Medical and sanitary report of the native army of Bengal for the year
Year: 1875
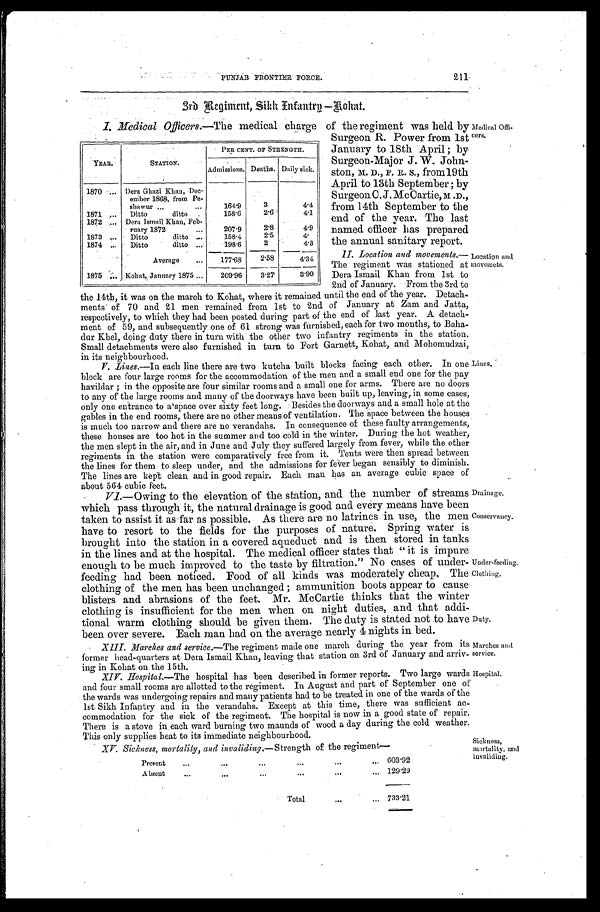
PUNJAB FRONTIER FORCE.
211.
3rd Regiment, Sikh Infantry—Rohat.
I. Medical Officers. —The medical charge of the regiment was held by
Surgeon R. Power from 1st
January to 18th April; by
Surgeon-Major J. W. John-
ston, M. D.,
F. R. S., from 19th April to 13th September; by
Surgeon C. J. McCartie,
M. D., from 14th September to the
end of the year. The last
named officer has prepared
the annual sanitary report.
II. Location and movements.
— T h e r e g i m e n t w a s s t a t i o n e d a t
Dera Ismail Khan from 1st to
2nd of January. From the 8rd to
the 14th, it was on the march to Kohat, where it remained until the end of the year. Detach
-ments of 70 and 21 men remained from 1st to 2nd of January at Zam and Jatta,
respectively, to which they had been posted during part of the end of last year. A detach
-ment of 59, and subsequently one of 61 strong was furnished, each for two months, to
Baha-dur Khel, doing duty there in turn with the other two infantry regiments in the station.
Small detachments were also furnished in turn to Fort Garnett, Kohat, and Mohomudzai,
in its neighbourhood.
V. Lines.—In each line there are two kutcha built blocks facing each other. In one
block are four large rooms for the accommodation of the men and a small end one for the pay
havildar; in the opposite are four similar rooms and a small one for arms. There are
n o d o o r s t o a n y o f t h e l a r g e r o o m s a n d m a n y o f t h e d o o r w a y s h a v e b e e n b u i l t u p , l e a v i n g , i n s o m e c a s e s ,
only one entrance to a space over sixty feet long. Besides the doorways and a small hole at the
gables in the end rooms, there are no other means of ventilation. The space between the house
is much too narrow and there are no verandahs. In consequence of these faulty arrangements,
these houses are too hot in the summer and too cold in the winter. During the hot weather,
the men slept in the air, and in June and July they suffered largely from fever, while the other
regiments in the station were comparatively free from it. Tents were then spread between
the lines for them to sleep under, and the admissions for fever began sensibly to diminish.
The lines are kept clean and in good repair. Each man has an average cubic space of
about 564 cubic feet.
Y E A R .
S T A T I O N .
PER CENT. OF STRENGTH.
A d m i s s i o n s .
D e a t h s .
D a i l y s i c k .
1 8 7 0
De r a Gh a z i Kh a n , De c - c e mb e r 1 8 6 8 , f r o m P e - s h a wu r
1 6 4 · 9
3
4 · 4
1 8 7 1
Ditto ditto
1 5 8 · 6
2 · 6
4 · 1
1 8 7 2
De r a I s ma i l Kha n, Fe b- r ua r y 1872
2 0 7 · 9
2 · 8
4 · 9
1 8 7 3
Ditto ditto
1 5 8 · 4
2 · 5
4 ·
1 8 7 4
Ditto ditto
1 9 8 · 6
2
4 · 3
A v e r a g e
1 7 7 · 6 8
2 · 5 8
4 · 3 4
1 8 7 5
Kohat, January 1875
2 0 9 · 9 6
3 · 2 7
3 · 9 0
M e d i c a l O f f i - c e r s .
L L o c a t i o n a a n d m o v e m e n t s .
L i n e s .
D r a i n a g e .
C o n s e r v a n c y .
U n d e r - f e e d i n g .
C l o t h i n g .
D u t y .
VI.—Owing to the elevation of the station, and the number of streams
which pass through it, the natural drainage is good and every means have been
taken to assist it as far as possible. As there are no latrines in use, the men
have to resort to the fields for the purposes of nature. Spring water is
brought into the station in a covered aqueduct and is then stored in tanks
in the lines and at the hospital. The medical officer states that "it is impure
enough to be much improved to the taste by filtration. " No cases of under-
-feeding had been noticed. Food of all kinds was moderately cheap. The
clothing of the men has been unchanged; ammunition boots appear to cause
blisters and abrasions of the feet. Mr. McCartie thinks that the winter
clothing is insufficient for the men when on night duties, and that addi-
tional warm clothing should be given them. The duty is stated not to have
been over severe. Each man had on the avera g e nearly 4 nights in, bed.
XIII. Marches and service. —The regiment made one march during the year from its
former head-quarters at Dera Ismail Khan, leaving that station on 3rd of January and arriv
-ing in Kohat on the 15th.
XIV. Hospital. —The hospital has been described in former reports. Two large wards
and four small rooms are allotted to the regiment. In August and part of September one of
the wards was undergoing repairs and many patients had to be treated in one of the wards of the
lst Sikh Infantry and in the verandahs. Except at this time, there was sufficient ac-
commodation for the sick of the regiment. The hospital is now in a good state of repair.
There is a stove in each ward burning two maunds of wood a day during the cold weather.
This only supplies heat to its immediate neighbourhood.
XV. Sickness, mortlity, and invaliding. —Strength of the regiment—
Present
6 0 3 · 9 2
Absent
1 2 9 · 2 9
T o t a l
7 3 3 · 2 1
M a r c h e s a a n d s e r v i c e .
H o s p i t a l .
S i c k n e s s , a m o r t a l i t y , a n d i n v a l i d i n g .